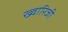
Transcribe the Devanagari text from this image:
ख्वारिजी